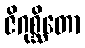
ဇိဂုစ္ဆိတော